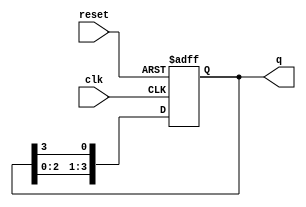
module ring_counter (
    input wire clk,         // Clock signal
    input wire reset,       // Asynchronous reset signal
    output reg [n-1:0] q    // Output state of the ring counter
);
    parameter n = 4;        // Number of flip-flops (bits in the counter)

    // Initial state for the ring counter
    initial begin
        q = 1'b1;           // Initialize the counter with '1' in the first flip-flop
    end

    // Always block for the ring counter operation
    always @(posedge clk or posedge reset) begin
        if (reset) begin
            q <= 1'b1;      // Reset the counter to initial state
        end else begin
            // Shift the '1' to the next flip-flop
            q <= {q[n-2:0], q[n-1]}; // Shift left and wrap around
        end
    end
endmodule